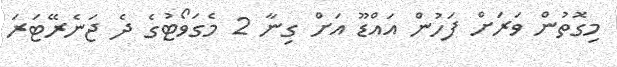
މިގޮތުން ވަރަށް ފަހުން އައްޑޫ އަށް ގިނާ 2 މެގަވޯޓުގެ ދެ ޖަނެރޭޓަރަ